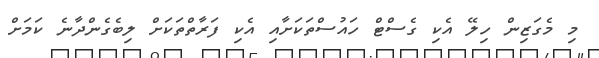
މި މެގަޒިން ހިލޭ އެކި ގެސްޓް ހައުސްތަކަށާއި އެކި ފަރާތްތަކަށް ލިބެގެންދާނެ ކަމަށް